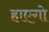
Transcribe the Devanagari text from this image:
हाएगो